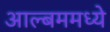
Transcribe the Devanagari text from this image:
आल्बममध्ये